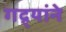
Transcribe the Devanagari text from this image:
गद्र्‍यांने